Report on malaria in the Punjab during the year ...  together with an account of the work of the Punjab Malaria Bureau - Volume 5
Disease focus: Malaria
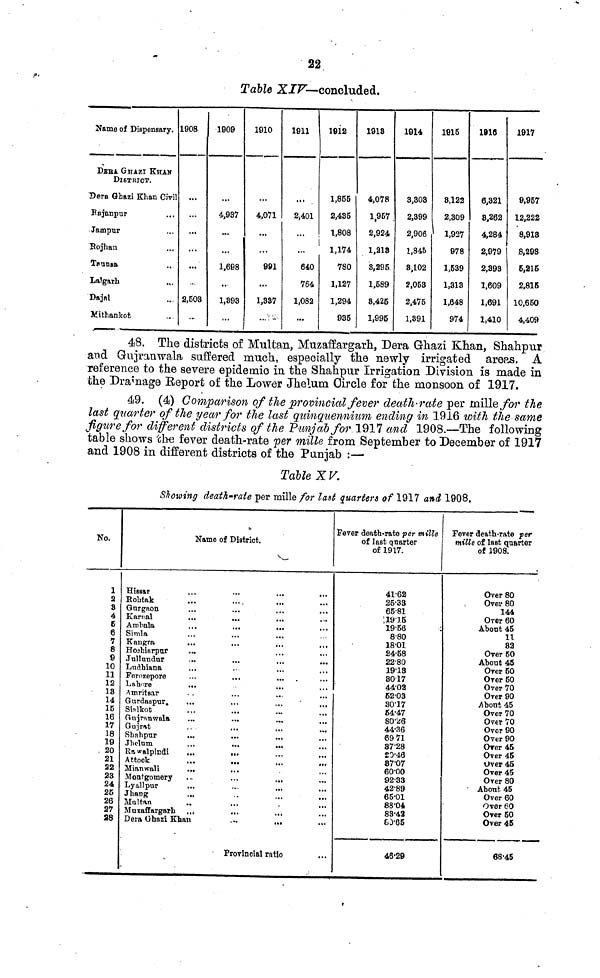
22
Table XIV— concluded.
Name of Dispensary.
DEBA GHAZI KHAN
DISTRICT.
Dera Ghazi Khan Civil
Rajanpur
Jampur
Rojhan
Taunsa
Lalgarh
Dajal
Mithankot
1908
...
...
...
...
...
2,503
•-
1909
...
4,937
...
...
1,698
...
1,893
1910
...
4,071
...
...
991
...
1,887
...
1911
...
2,401
...
...
640
764
1,082
...
1812
1,855
2,435
1,808
1,174
780
1,127
1,294
935
1918
4,078
1,957
2,924
1,213
8,295.
1,589
8,425
1,995
1914
3,303
2,399
2,906
1,845
8,102
2,053
2,475
1,391
1915
8,122
2,309
1,927
978
1,539
1,313
1,648
974
1910
6,321
8,262
4,284
2,979
2,393
1,609
1,691
1,410
1917
9,957
12,222
8,918
8,293
5,215
2,815
10,650
4,409
48. The districts of Multan, Muzaffargarh, Dera Ghazi Khan, Shahpur
and Gujranwala suffered much, especially the newly irrigated areas. A
reference to the severe epidemic in the Shahpur Irrigation Division is made in
the Dramage Report of the Lower Jhelum circle for the monsoon of 1917.
49. (4) Comparison of the provincial fever death-rate per mille for the
last quarter of the year for the last quinquennium ending in 1916 with the same
figure for different districts of the Punjab for 1917 and 1908.—The following
table shows the fever death-rate per mille from September to December of 1917
and 1908 in different districts of the Punjab :—
Table XV.
Showing death-rate per mille for last quarters of 1917 and 1908.
No.
1
2
3
4
6
6
7
8
9
10
11
12
13
14
15
16
17
18
19
20
21
22
23
24
25
26
27
28
Name of District.
Hissar
...
...
...
...
Rohtak
Gurgaon
Karnal
Ambala
Simla
Kangra
Hoahiarpur
Jullundur
Ludhiana
Ferozepore
Lahore
Amritsar
Gurdaspur.
Silkot
Gujranwala
Gujrat
Shahpur
Jhelum
Rawalpindi
Attock
Mianwali
Montgomery
Lyallpur
Jhang
Maltan
Muzaffargarh
••
...
».
...
...
...
..
.,
.,
...
...
...
••.
...
•«
.«
•••
...
...
...
..
•>•
...
...
...
••
••.
...
• I
...
•••
..
t..
•••
...
...
...
••
•••
...
..
...
•
..1
...
•••
...
Dera Ghazi Khan
... ...
•
Provincial
ratio.
...
Fever death-rate per mille
of last quarter
of 1917.
41.62
25.33
65.81
19.16
19.56
:
8.80
18.01
24.58
22.80
19.13
8017
44.02
52.03
30.17
54.47
80.26
44.36
69 71
87.28
20.46
87.07
60.00
92.33
42.89
65.01
88.04
83.42
69.65
46.29
Fever death-rate per
mille of last quarter
of 1908.
Over 80
Over 80
144
Over 60
About 45
11
82
Over 50
About 45
Over 50
Over 50
Over 70
Over 90
About 45
Over 70
Over 70
Over 90
Over 90
Over 45
Over 45
Over 45
Over 45
Over 80
About 45
Over 60
Over 60
Over 50
Over 46
68.45